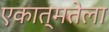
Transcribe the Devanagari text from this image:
एकात्मतेला